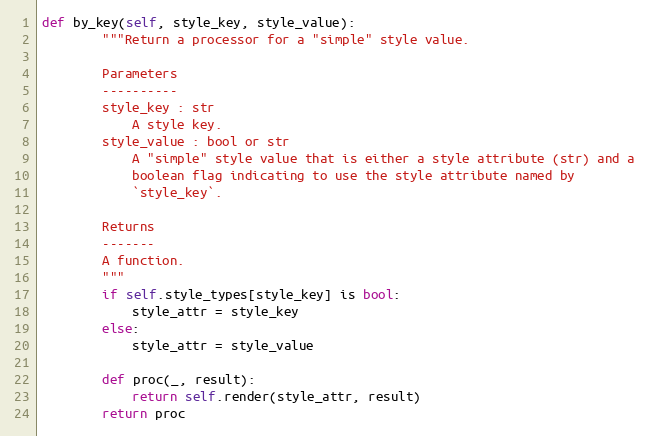
Language: Python
def by_key(self, style_key, style_value):
        """Return a processor for a "simple" style value.

        Parameters
        ----------
        style_key : str
            A style key.
        style_value : bool or str
            A "simple" style value that is either a style attribute (str) and a
            boolean flag indicating to use the style attribute named by
            `style_key`.

        Returns
        -------
        A function.
        """
        if self.style_types[style_key] is bool:
            style_attr = style_key
        else:
            style_attr = style_value

        def proc(_, result):
            return self.render(style_attr, result)
        return proc